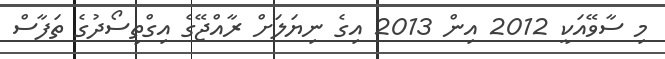
މި ސާވޭއަކީ 2012 އިން 2013 އިގެ ނިޔަލަށް ރާއްޖޭގެ އިގްތިސޯދުގެ ތަފާސް